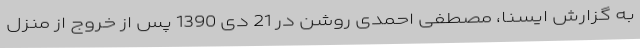
به گزارش ایسنا، مصطفی احمدی روشن در 21 دی 1390 پس از خروج از منزل